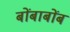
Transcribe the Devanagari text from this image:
बोंबाबोंब